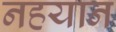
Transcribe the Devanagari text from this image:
नहयान